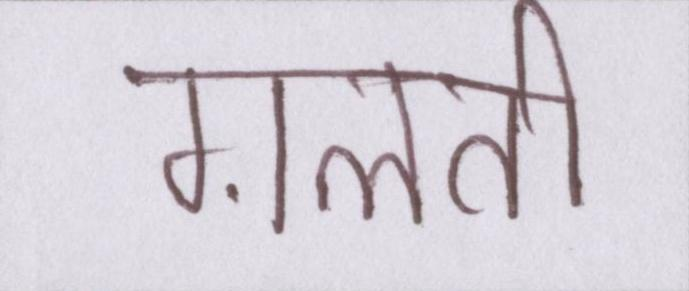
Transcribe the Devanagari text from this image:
ग़लती